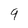
Character: 9